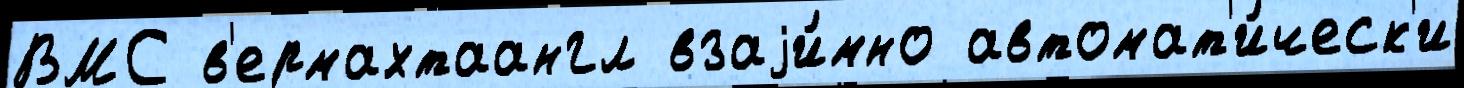
ВМС в'ермахтаангл взаjи́мно автомат'и́ческ'и